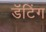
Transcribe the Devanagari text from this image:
डॅटिंग